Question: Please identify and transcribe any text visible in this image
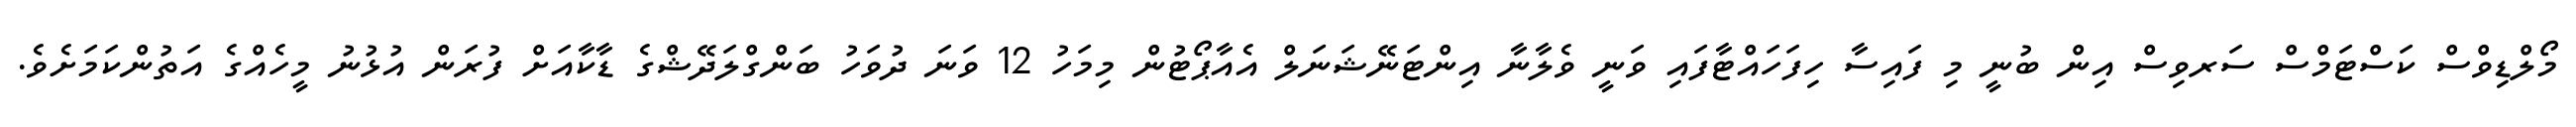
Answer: މޯލްޑިވްސް ކަސްޓަމްސް ސަރވިސް އިން ބުނީ މި ފައިސާ ހިފަހައްޓާފައި ވަނީ ވެލާނާ އިންޓަނޭޝަނަލް އެއާޕޯޓުން މިމަހު 12 ވަނަ ދުވަހު ބަންގްލަދޭޝްގެ ޑާކާއަށް ފުރަން އުޅުނު މީހެއްގެ އަތުންކަމަށެވެ.